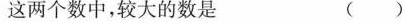
这两个数中，较大的数是 ( )